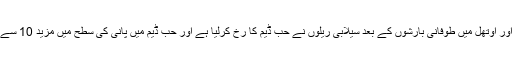
اس کے علاوہ خضدار، لسبیلہ اور اوتھل میں طوفانی بارشوں کے بعد سیلابی ریلوں نے حب ڈیم کا رخ کرلیا ہے اور حب ڈیم میں پانی کی سطح میں مزید 10 سے 20 فٹ اضافے کا امکان ہے۔